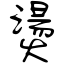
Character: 燙